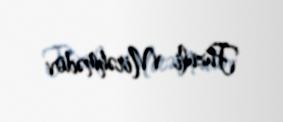
Füzuli Mirəhmədov